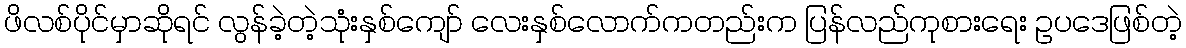
ဖိလစ်ပိုင်မှာဆိုရင် လွန်ခဲ့တဲ့သုံးနှစ်ကျော် လေးနှစ်လောက်ကတည်းက ပြန်လည်ကုစားရေး ဥပဒေဖြစ်တဲ့